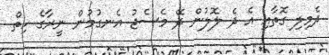
ދެމިލި ގޮތާއި އެ ދެ ލޮލުން ދޭ މެސެޖު އެނގުމުން ނީރާގެ ހިތް